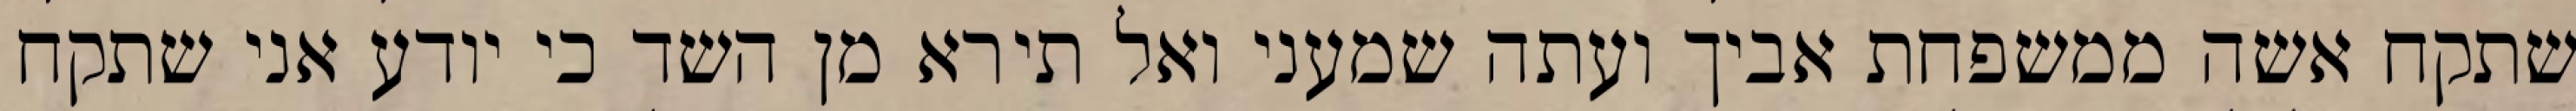
שתקח אשה ממשפחת אביך ועתה שמעני ואל תירא מן השד כי יודע אני שתקח